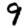
Digit: 9